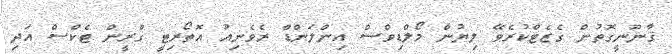
ޤާނޫނީގޮތުން ގެޒެޓްކުރެވޭ ލިޔުން މޯލްޑިވްސް އިންލަންޑް ރެވެނިއު އޮތޯރިޓީ ގްރީން ޓެކްސް އަދި